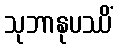
သုဘာနုပဿိံ